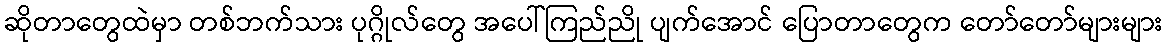
ဆိုတာတွေထဲမှာ တစ်ဘက်သား ပုဂ္ဂိုလ်တွေ အပေါ်ကြည်ညို ပျက်အောင် ပြောတာတွေက တော်တော်များများ